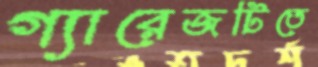
গ্যারেজটিতে